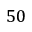
5 0